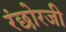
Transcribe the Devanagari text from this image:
रंछोरजी